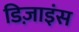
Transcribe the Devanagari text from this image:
डिज़ाइंस